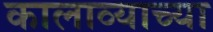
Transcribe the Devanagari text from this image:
कालाव्याच्या